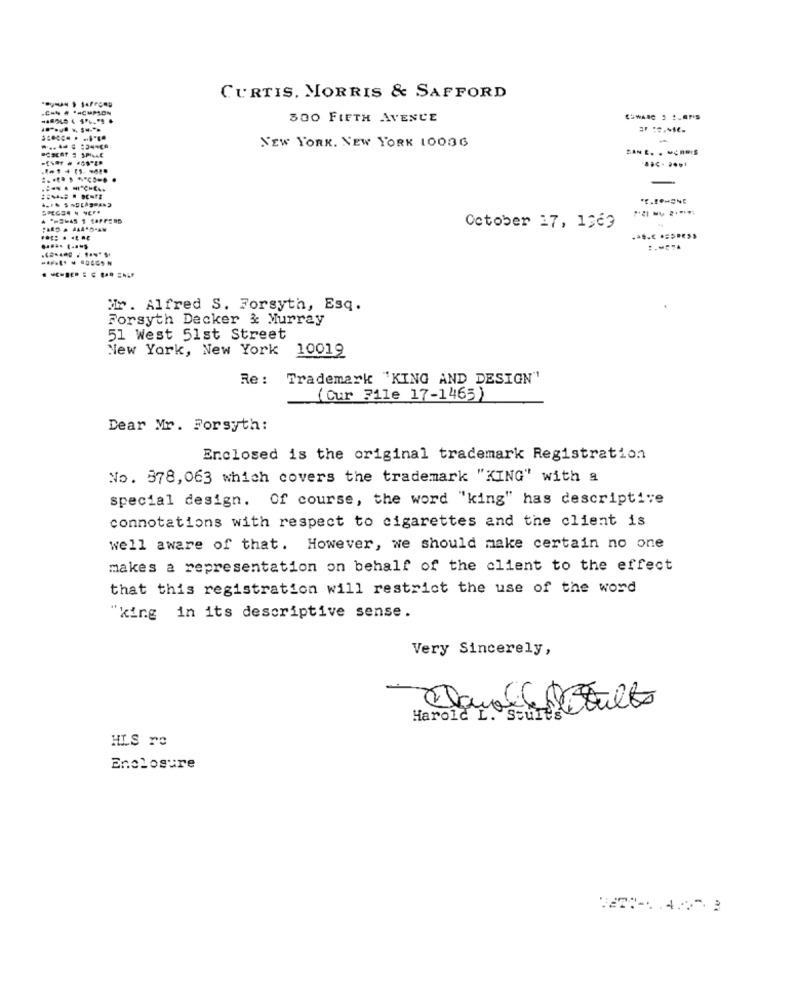
CURTIS. MORRIS & SAFFORD
300 FIFTH AVENUE
NEW YORK, NEW YORK 10086
SAN E. . . ÇARIS
October 17, 1969
Mr. Alfred S. Forsyth, Esq.
Forsyth Decker & Murray
51 West 51st Street
New York, New York 10019
Re :
Trademark "KING AND DESIGN"
(Our File 17-1465)
Dear Mr. Forsyth:
Enclosed is the original trademark Registration
No. 378,063 which covers the trademark "KING" with a
special design. Of course, the word "king" has descriptive
connotations with respect to cigarettes and the client is
well aware of that. However, we should make certain no one
makes a representation on behalf of the client to the effect
that this registration will restrict the use of the word
"king in its descriptive sense.
Very Sincerely,
Harold L. Stuit's
HLS re
Enclosure